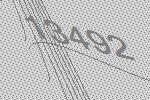
13492